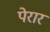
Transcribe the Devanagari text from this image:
पेरार